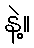
နဲ့။